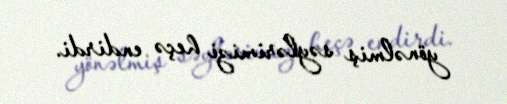
yönəlmiş səylərimizi heçə endirdi.